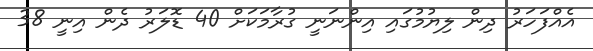
އެއްފަހަރު ދިން ލިޔުމުގައި އިންނަނީ ގުރާމަކަށް 40 ޑޮލަރު ދެން އިނީ 38